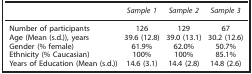
|  | Sample 1 | Sample 2 | Sample 3 |
 | --- | --- | --- | --- |
 | Number of participants | 126 | 129 | 67 |
 | Age (Mean (s.d.)), years | 39.6 (12.8) | 39.0 (13.1) | 30.2 (12.6) |
 | Gender (% female) | 61.9% | 62.0% | 50.7% |
 | Ethnicity (% Caucasian) | 100% | 100% | 85.1% |
 | Years of Education (Mean (s.d.)) | 14.6 (3.1) | 14.4 (2.8) | 14.8 (2.6) |